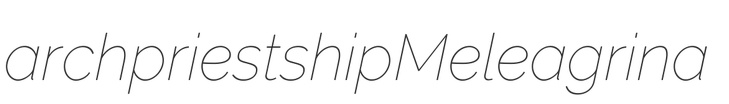
archpriestship Meleagrina